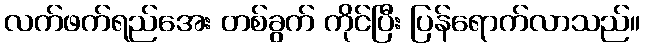
လက်ဖက်ရည်အေး တစ်ခွက် ကိုင်ပြီး ပြန်ရောက်လာသည်။